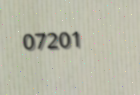
07201